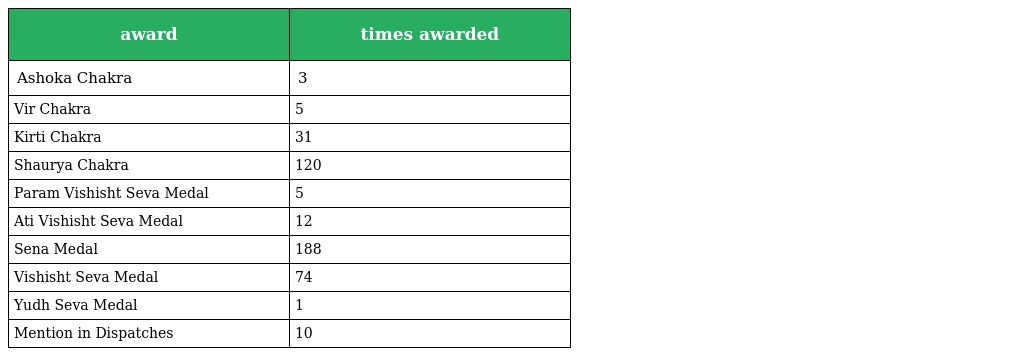
| award | times awarded |
 | --- | --- |
 | Ashoka Chakra | 3 |
 | Vir Chakra | 5 |
 | Kirti Chakra | 31 |
 | Shaurya Chakra | 120 |
 | Param Vishisht Seva Medal | 5 |
 | Ati Vishisht Seva Medal | 12 |
 | Sena Medal | 188 |
 | Vishisht Seva Medal | 74 |
 | Yudh Seva Medal | 1 |
 | Mention in Dispatches | 10 |